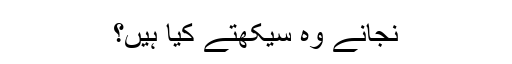
نجانے وہ سیکھتے کیا ہیں؟